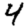
Digit: 4